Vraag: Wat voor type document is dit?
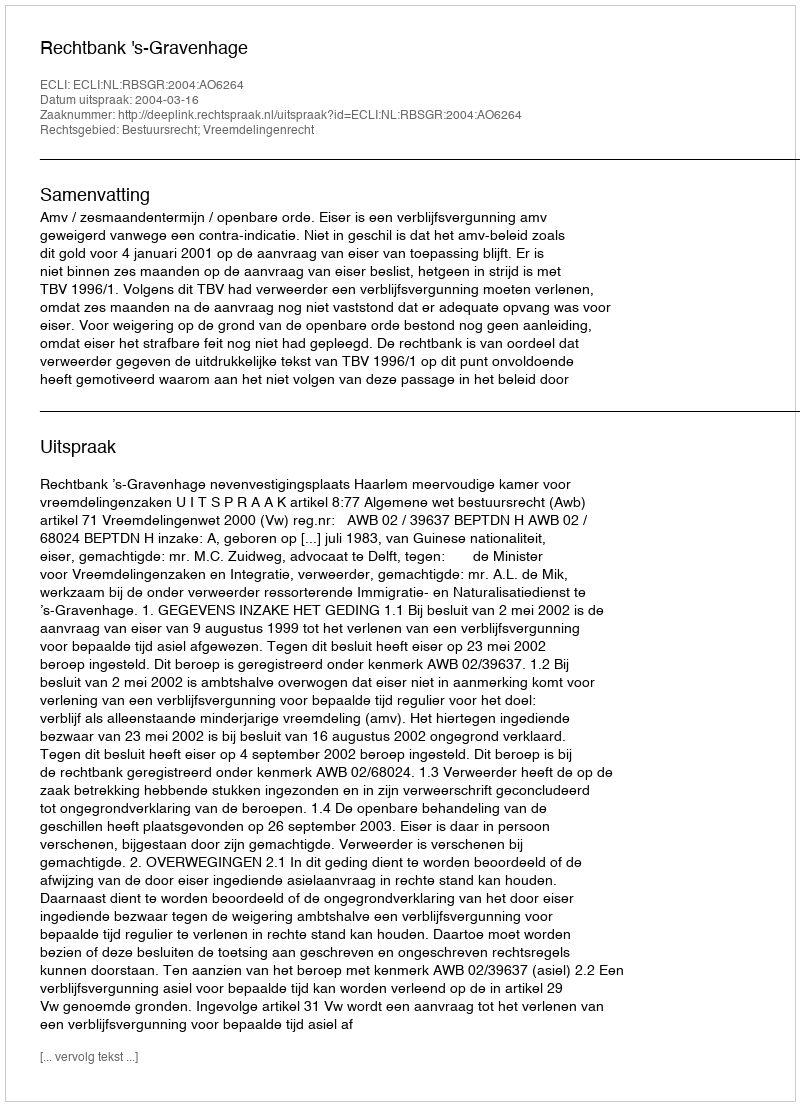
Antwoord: Uitspraak